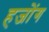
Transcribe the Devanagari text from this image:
हजोंग